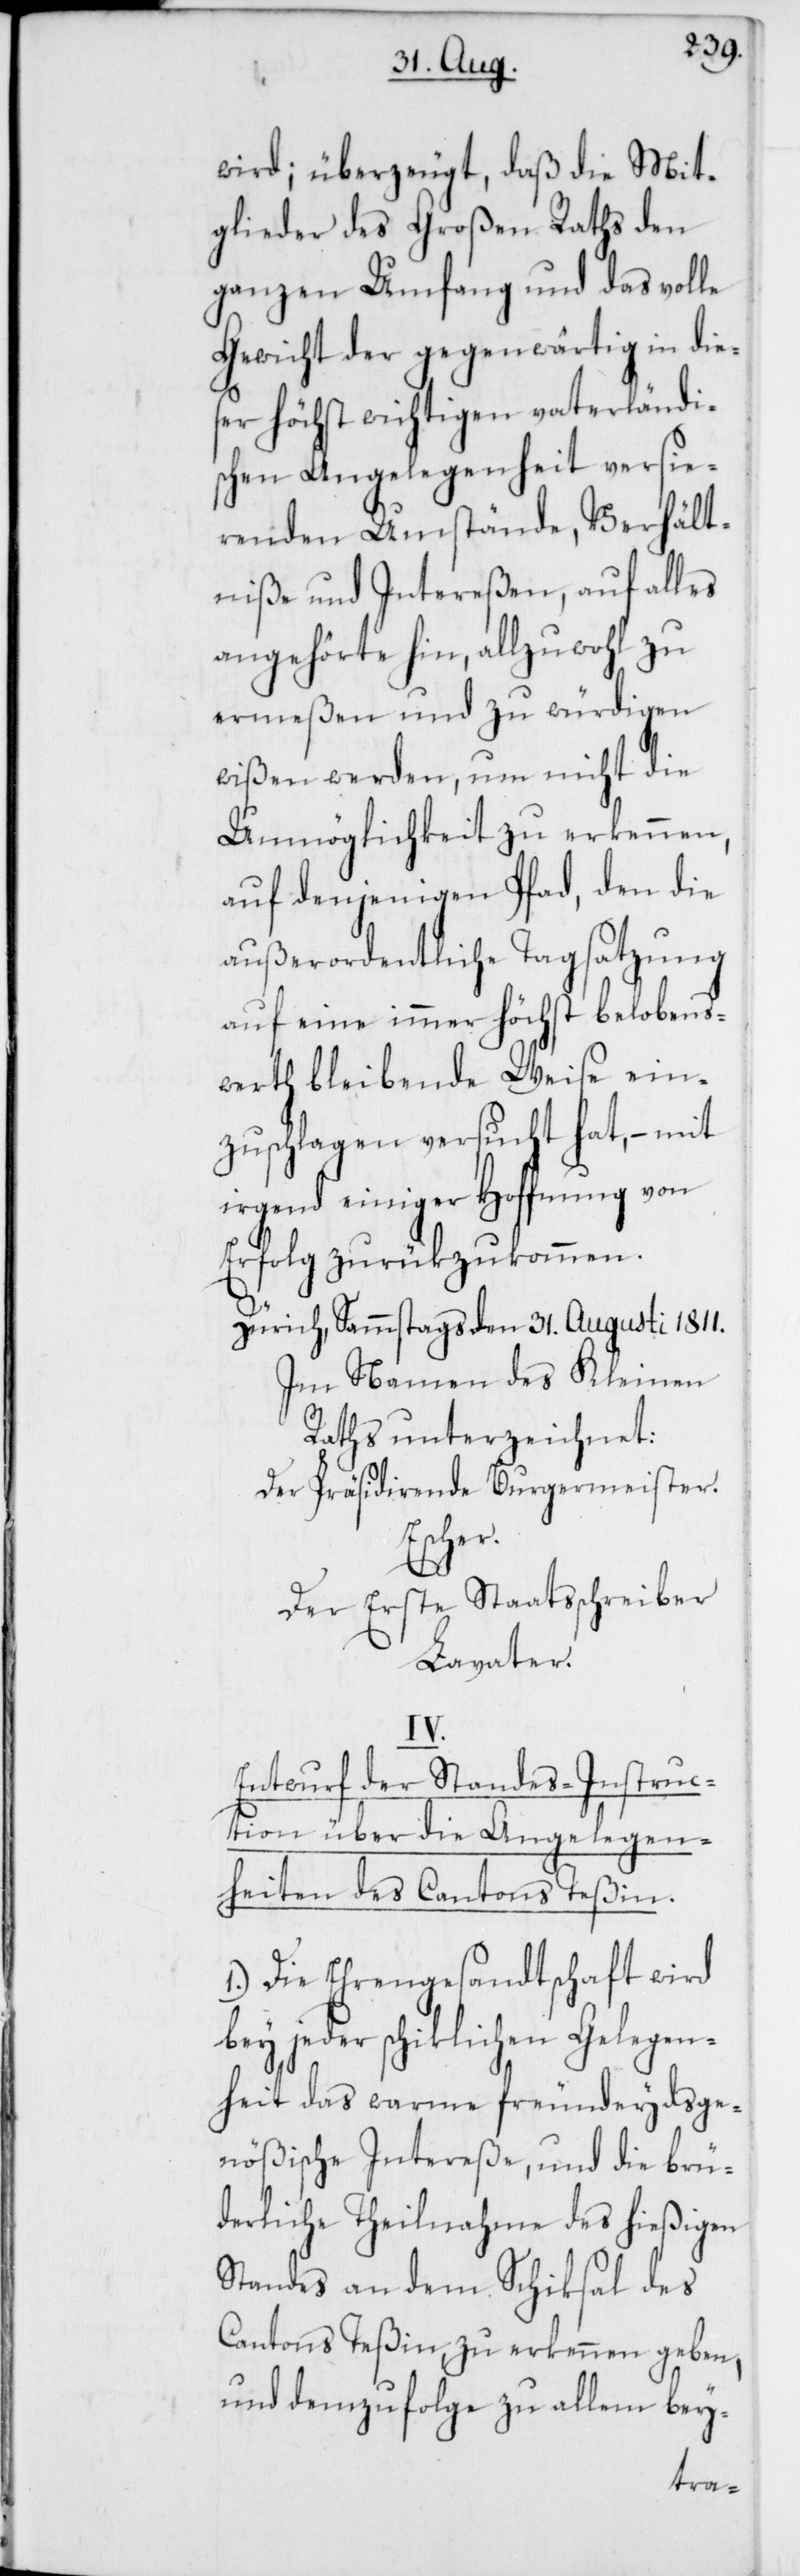
wird; überzeugt, daß die Mit¬
glieder des Großen Raths den
ganzen Umfang und das volle
Gewicht der gegenwärtig in die¬
ser höchst wichtigen vaterländi¬
schen Angelegenheit versie¬
renden Umstände, Verhält¬
niße und Intereßen, auf alles
angehörte hin, allzuwohl zu
ermeßen und zu würdigen
wißen werden, um nicht die
Unmöglichkeit zu erkennen,
auf denjenigen Pfad, den die
außerordentliche Tagsatzung
auf eine immer höchst belobens¬
werth bleibende Weise ein¬
zuschlagen versucht hat, – mit
irgend einiger Hoffnung von
Erfolg zurükzukommen.
Zürich, Sammstags den 31. Augusti 1811.
Im Namen des Kleinen
Raths unterzeichnet:
Der Präsidierende Burgermeister.
Escher.
Der erste Staatsschreiber
Lavater.
IV.
Entwurf der Standes-Instruc¬
tion über die Angelegen¬
heiten des Cantons Teßin.
1.) Die Ehrengesandtschaft wird
bey jeder schiklichen Gelegen¬
heit das warme freundeydsge¬
nößische Intereße, und die brü¬
derliche Theilnahme des hießigen
Standes an dem Schiksal des
Cantons Teßin, zu erkennen geben,
und demzufolge zu allem bey-